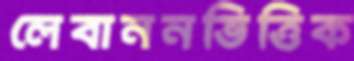
লেবাননভিত্তিক